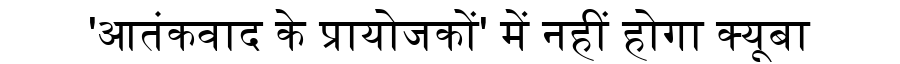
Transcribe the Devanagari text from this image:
'आतंकवाद के प्रायोजकों' में नहीं होगा क्यूबा